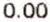
0.00